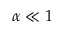
\alpha \ll 1